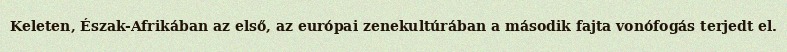
Keleten, Észak-Afrikában az első, az európai zenekultúrában a második fajta vonófogás terjedt el.